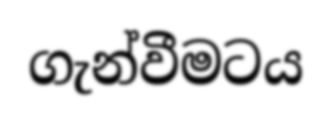
ගැන්වීමටය